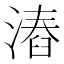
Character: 𣻛